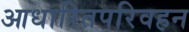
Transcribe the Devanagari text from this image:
आधारितपरिवहन